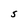
Character: S